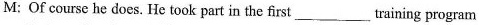
M: Of course he does. He took part in the first ___ training program